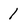
Character: 1